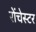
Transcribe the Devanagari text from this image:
रोंचेस्टर